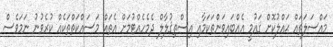
މައްސަލަތައް ޙައްލުކޮށް ޤައުމީ އެއްބައިވަންތަކަމާއި އިސްތިޤުލާލް ދެމެހެއްޓުމަށް އެތައް މަސައްކަތްތަކެއް ކުރެވުނު ނަމަވެސް